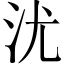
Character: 沋